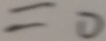
= 0